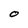
Character: O